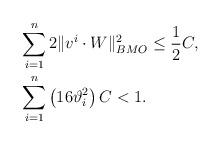
LaTeX: \begin{align*} &\sum_{i=1}^n2\|v^i\cdot W\|^2_{BMO}\leq\frac{1}{2}C,\\ &\sum_{i=1}^n\left(16\vartheta_i^2\right)C<1. \end{align*}